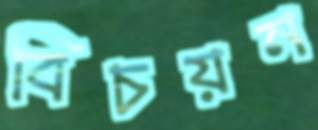
বিচয়ন